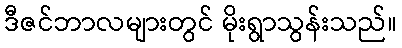
ဒီဇင်ဘာလများတွင် မိုးရွာသွန်းသည်။